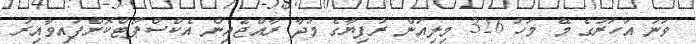
ވަނަ އަހަރުގެ މޭ މަހު 326 މިލިއަން ރުފިޔާގެ މުދާ ރާއްޖެއިން އެކްސްޕޯޓްކޮށްފައިވާއިރު